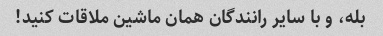
بله، و با سایر رانندگان همان ماشین ملاقات کنید!